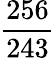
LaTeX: \frac{256}{243}